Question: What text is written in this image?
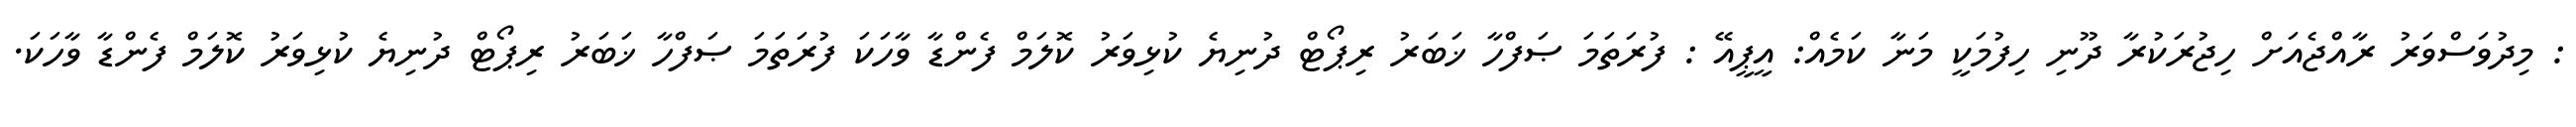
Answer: : މިދުވަސްވަރު ރާއްޖެއަށް ހިޖުރަކުރާ ދޫނި ހިފުމަކީ މަނާ ކަމެއް: އީޕީއޭ : ފުރަތަމަ ޞަފްހާ ޚަބަރު ރިޕޯޓް ދުނިޔެ ކުޅިވަރު ކޮލަމް ފެންޑާ ވާހަކަ ފުރަތަމަ ޞަފްހާ ޚަބަރު ރިޕޯޓް ދުނިޔެ ކުޅިވަރު ކޮލަމް ފެންޑާ ވާހަކަ.